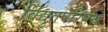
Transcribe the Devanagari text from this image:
विद्युतपरिपथ